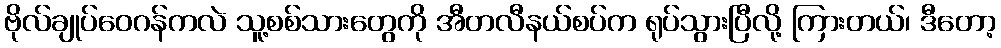
ဗိုလ်ချုပ်ဝေဂန်ကလဲ သူ့စစ်သားတွေကို အီတလီနယ်စပ်က ရုပ်သွားပြီလို့ ကြားတယ်၊ ဒီတော့